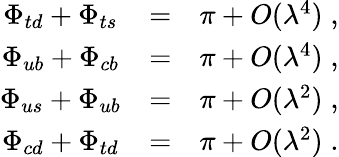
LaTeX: \begin{array}{ccc}{{\Phi_{td}+\Phi_{ts}}}&{{=}}&{{\pi+O(\lambda^{4})\; ,}}\\ {{\Phi_{ub}+\Phi_{cb}}}&{{=}}&{{\pi+O(\lambda^{4})\; ,}}\\ {{\Phi_{us}+\Phi_{ub}}}&{{=}}&{{\pi+O(\lambda^{2})\; ,}}\\ {{\Phi_{cd}+\Phi_{td}}}&{{=}}&{{\pi+O(\lambda^{2})\; .}}\end{array}